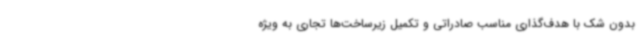
بدون شک با هدف‌گذاری مناسب صادراتی و تکمیل زیرساخت‌ها تجاری به ویژه